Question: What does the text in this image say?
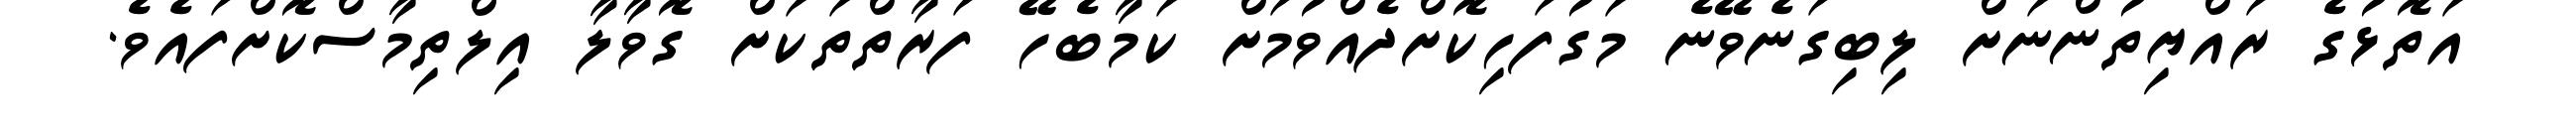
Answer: އަތޮޅުގެ ރައްޔިތުންނަށް ލިބިގަނެވޭނެ މަގުފަހިކޮށްދެއްވުމަށް ކަމާބެހޭ ފަރާތްތަކަށް ގޮވާލާ އިލްތިމާސްކޮށްފައެވެ.